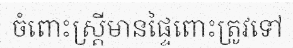
ចំពោះស្ត្រីមានផ្ទៃពោះត្រូវទៅ